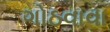
ગોઠવાવા